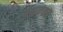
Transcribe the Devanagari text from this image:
पद्मनयन